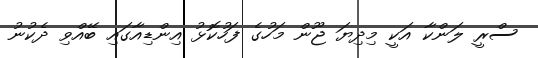
ސްރީ ލަންކާ އަކީ މިދިޔަ ޖޫން މަހުގެ ފަހުކޮޅު އިންޑިއާގައި ބޭއްވި ދެކުނު